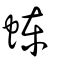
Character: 蝀